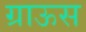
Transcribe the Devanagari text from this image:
ग्राऊस